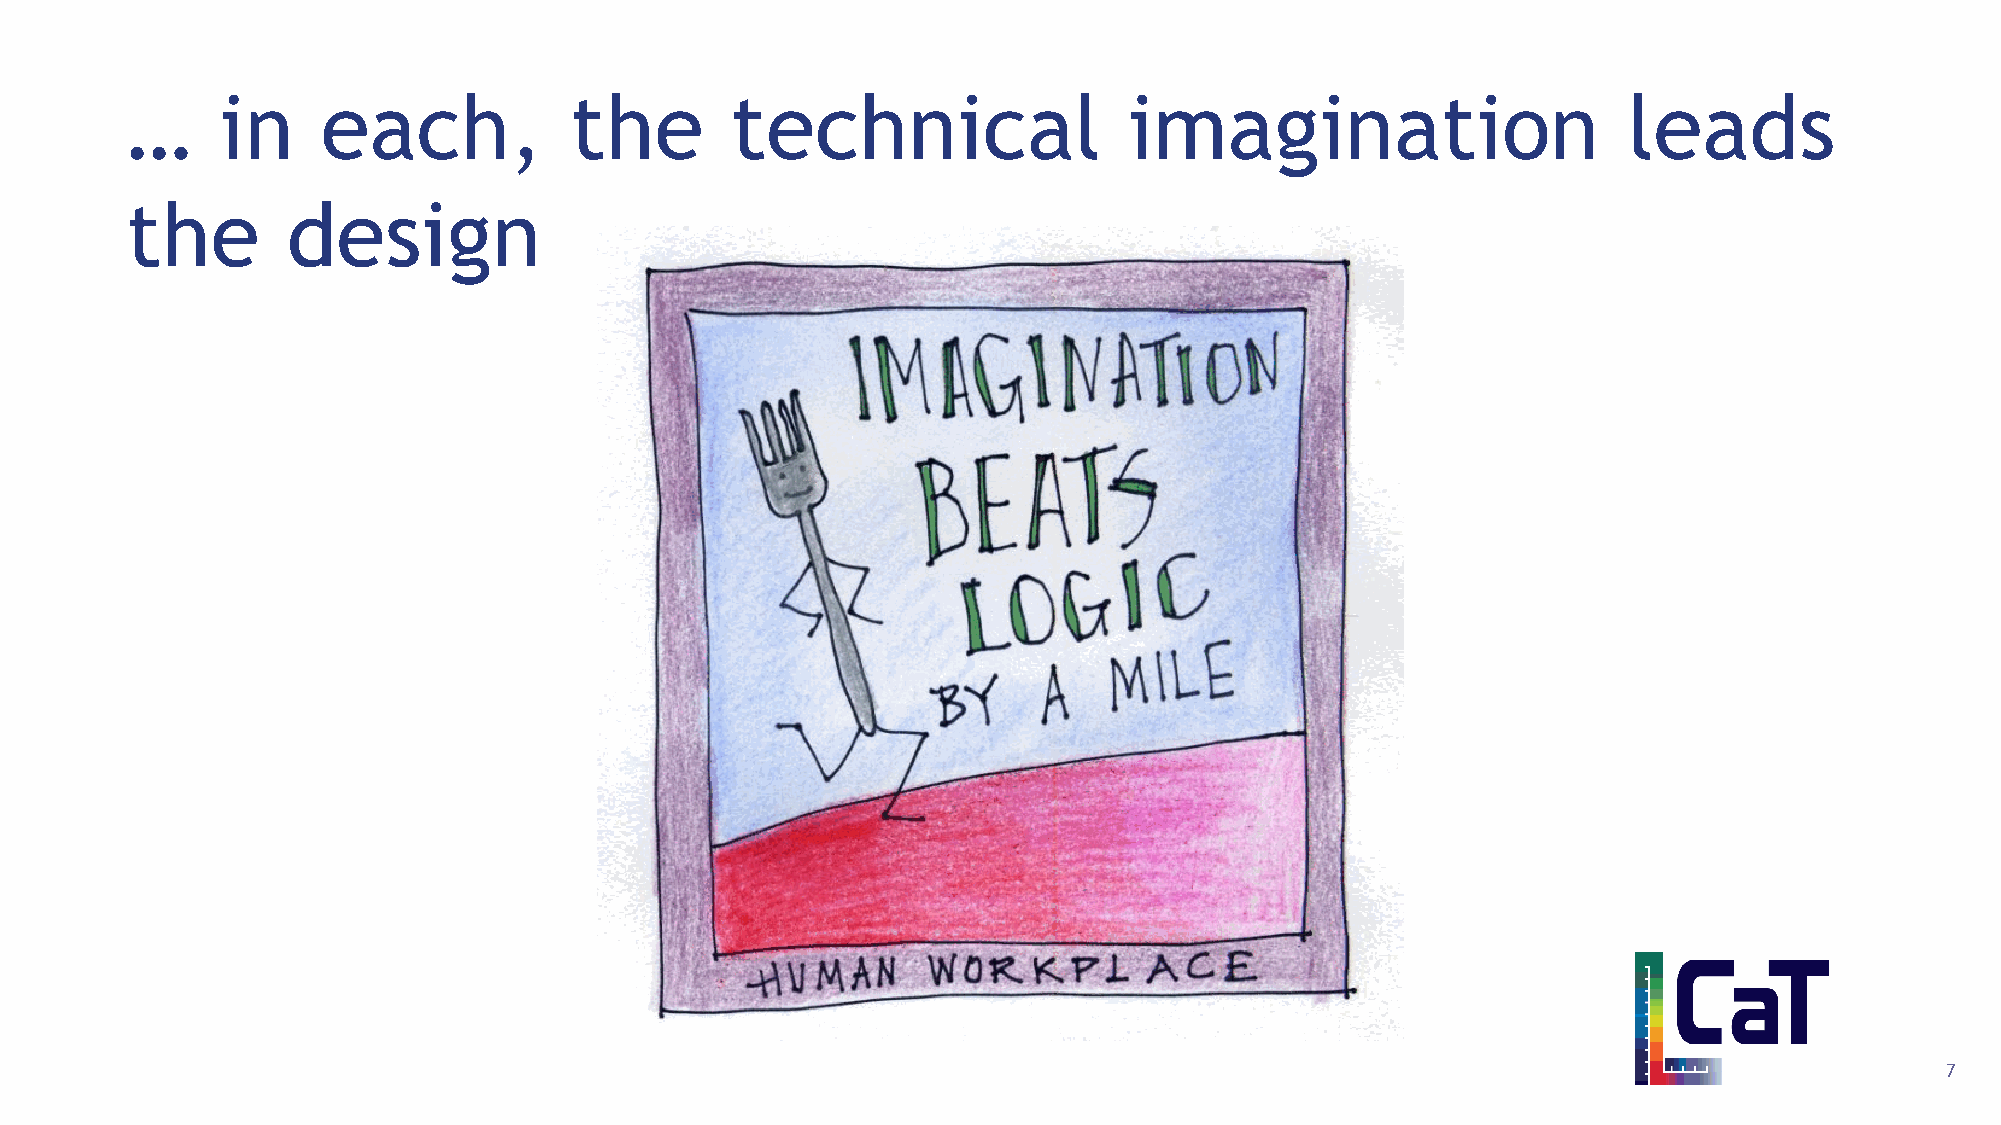
…      in    each,            the       technical                  imagination                      leads
 the        design
 7